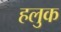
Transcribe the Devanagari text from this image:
हलुक